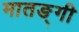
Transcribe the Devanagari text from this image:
मातङ्गी